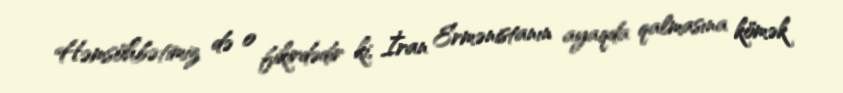
Həmsöhbətimiz də o fikirdədir ki, İran Ermənistanın ayaqda qalmasına kömək